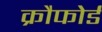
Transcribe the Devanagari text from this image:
क्रौफोर्ड